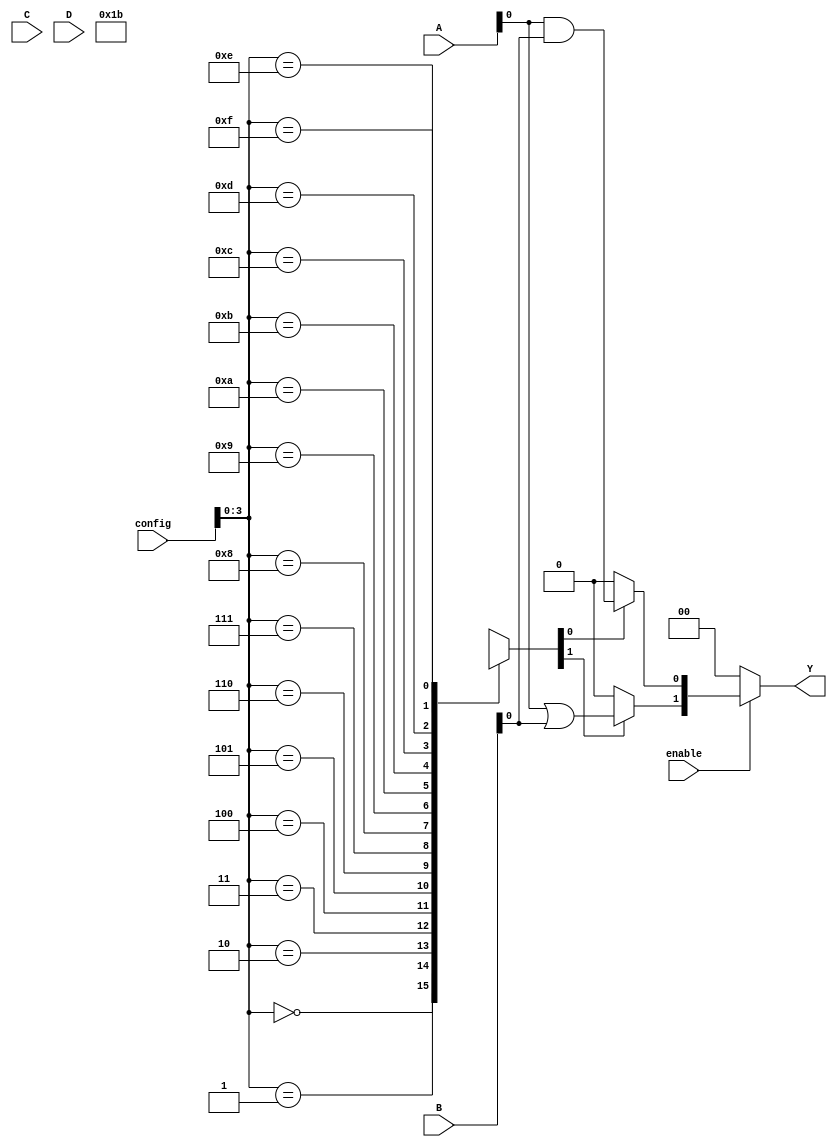
module CLB (
    input wire [3:0] A,        // 4-bit input signals
    input wire [3:0] B,        // 4-bit input signals
    input wire [3:0] C,        // 4-bit input signals
    input wire [3:0] D,        // 4-bit input signals
    input wire [7:0] config,   // Configuration bits for logic functions
    input wire enable,          // Enable signal
    output wire [1:0] Y        // 2-bit output signals
);

// Internal signals
wire [3:0] mux_out;           // MUX output
wire [3:0] sram_out;          // SRAM output

// SRAM array (for simplicity, using a register to simulate SRAM)
reg [3:0] sram [0:15];        // 16 SRAM cells, each 4 bits wide

// Initialize SRAM with configuration data
always @(*) begin
    sram[0] = 4'b0000; // Example configuration for AND
    sram[1] = 4'b0001; // Example configuration for OR
    sram[2] = 4'b0010; // Example configuration for NOT
    sram[3] = 4'b0011; // Example configuration for NAND
    // Add more configurations as needed
end

// MUX logic to select output based on SRAM configuration
assign sram_out = sram[config[3:0]]; // Select SRAM cell based on config

// Combinational logic based on selected SRAM output
assign mux_out[0] = (sram_out[0]) ? (A & B) : 0; // AND
assign mux_out[1] = (sram_out[1]) ? (A | B) : 0; // OR
assign mux_out[2] = (sram_out[2]) ? ~A : 0;      // NOT
assign mux_out[3] = (sram_out[3]) ? ~(A & B) : 0; // NAND

// Final output selection based on enable signal
assign Y = enable ? mux_out[1:0] : 2'b00; // Output Y1, Y2 based on enable

endmodule